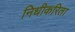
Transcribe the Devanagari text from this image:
निधीकरिता